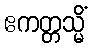
ဧကတ္တသ္မိံ